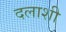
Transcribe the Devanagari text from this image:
दलाशी